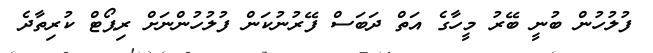
ފުލުހުން ބުނީ ބޭރު މީހާގެ އަތް ދަބަސް ފޭރުނުކަން ފުލުހުންނަށް ރިޕޯޓް ކުރިތާދެ